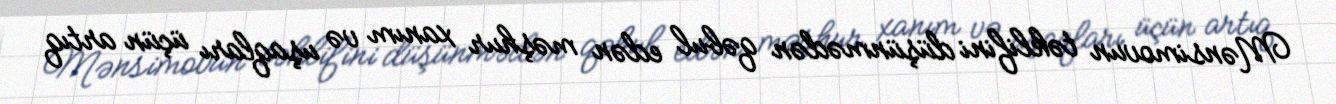
Mənsimovun təklifini düşünmədən qəbul edən məşhur xanım və uşaqları üçün artıq